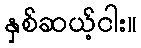
နှစ်ဆယ့်ငါး။